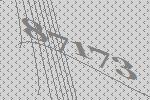
87173